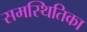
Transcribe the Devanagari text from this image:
समस्थितिका